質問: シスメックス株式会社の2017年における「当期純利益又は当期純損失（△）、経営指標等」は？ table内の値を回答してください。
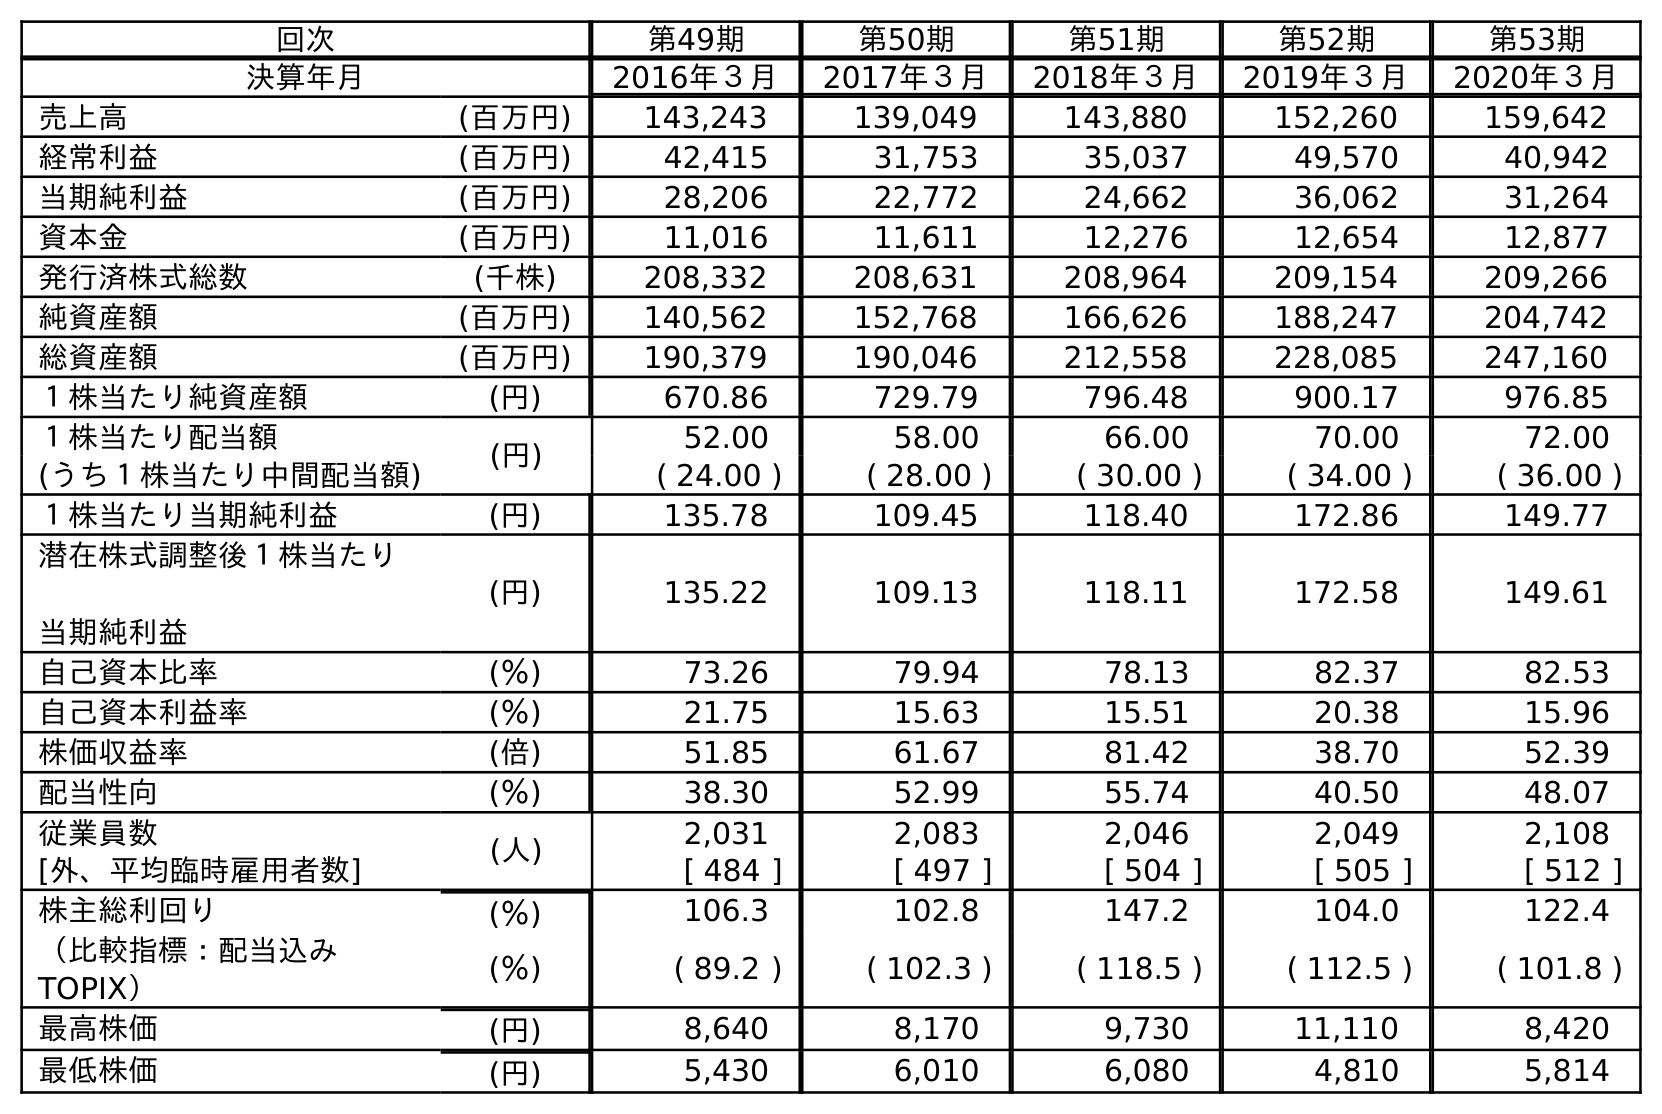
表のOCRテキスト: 回次 第49期 第50期 第51期 第52期 第53期 決算年月 2016年３月 2017年３月 2018年３月 2019年３月 2020年３月 売上高 (百万円) 143,243 139,049 143,880 152,260 159,642 経常利益 (百万円) 42,415 31,753 35,037 49,570 40,942 当期純利益 (百万円) 28,206 22,772 24,662 36,062 31,264 資本金 (百万円) 11,016 11,611 12,276 12,654 12,877 発行済株式総数 (千株) 208,332 208,631 208,964 209,154 209,266 純資産額 (百万円) 140,562 152,768 166,626 188,247 204,742 総資産額 (百万円) 190,379 190,046 212,558 228,085 247,160 １株当たり純資産額 (円) 670.86 729.79 796.48 900.17 976.85 １株当たり配当額 (円) 52.00 58.00 66.00 70.00 72.00 (うち１株当たり中間配当額) ( 24.00 ) ( 28.00 ) ( 30.00 ) ( 34.00 ) ( 36.00 ) １株当たり当期純利益 (円) 135.78 109.45 118.40 172.86 149.77 潜在株式調整後１株当たり 当期純利益 (円) 135.22 109.13 118.11 172.58 149.61 自己資本比率 (％) 73.26 79.94 78.13 82.37 82.53 自己資本利益率 (％) 21.75 15.63 15.51 20.38 15.96 株価収益率 (倍) 51.85 61.67 81.42 38.70 52.39 配当性向 (％) 38.30 52.99 55.74 40.50 48.07 従業員数 (人) 2,031 2,083 2,046 2,049 2,108 [外、平均臨時雇用者数] [ 484 ] [ 497 ] [ 504 ] [ 505 ] [ 512 ] 株主総利回り (％) 106.3 102.8 147.2 104.0 122.4 （比較指標：配当込み TOPIX） (％) ( 89.2 ) ( 102.3 ) ( 118.5 ) ( 112.5 ) ( 101.8 ) 最高株価 (円) 8,640 8,170 9,730 11,110 8,420 最低株価 (円) 5,430 6,010 6,080 4,810 5,814
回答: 22,772